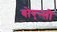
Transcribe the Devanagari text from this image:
बोएन्सी